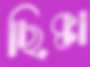
ছিক্কা